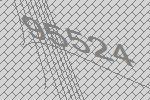
95524